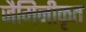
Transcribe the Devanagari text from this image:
जैमिनीकृत